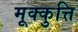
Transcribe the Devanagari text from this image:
मूक्कुत्ति